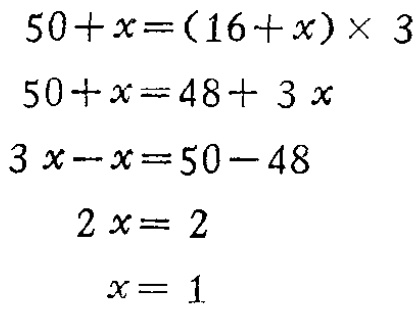
\[

\begin{align*}

50 + x&=(16 + x)\times3\\

50 + x&=48 + 3x\\

3x - x&=50 - 48\\

2x&=2\\

x&=1

\end{align*}

\]